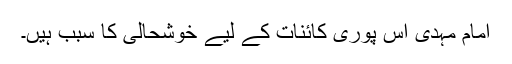
امام مہدی اس پوری کائنات کے لیے خوشحالی کا سبب ہیں۔